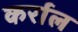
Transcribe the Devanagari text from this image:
कर्राल